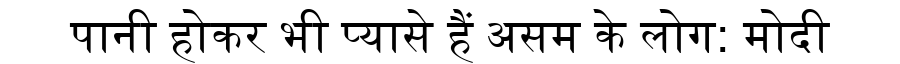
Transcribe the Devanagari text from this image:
पानी होकर भी प्यासे हैं असम के लोग: मोदी